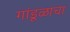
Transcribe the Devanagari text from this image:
गांडूळाचा